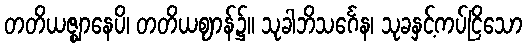
တတိယဇ္ဈာနေပိ၊ တတိယဈာန်၌။ သုခါဘိသင်္ဂေန၊ သုခနှင့်ကပ်ငြိသော